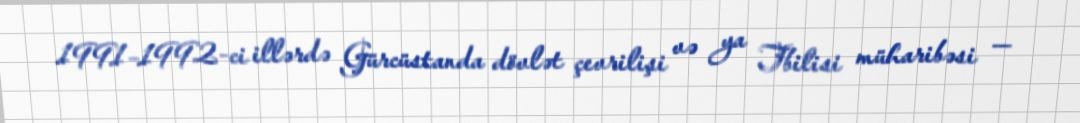
1991–1992-ci illərdə Gürcüstanda dövlət çevrilişi və ya Tbilisi müharibəsi —